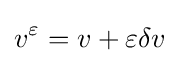
v^{\varepsilon }=v+\varepsilon \delta v